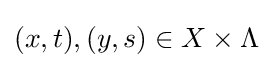
(x,t),(y,s)\in X\times \Lambda